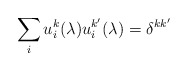
\begin{align*}\sum_i u^k_i(\lambda) u^{k^\prime}_i(\lambda) = \delta^{kk^\prime}\end{align*}